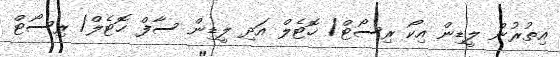
އިތުރުން ލީޑިން އިކޯ ރިސޯޓް/ ހޮޓެލް އަދި ލީޑިން ސާފް ހޮޓެލް/ ރިސޯޓް